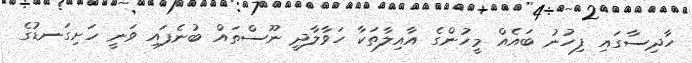
ހާދިސާގައި ފިހުނު ބައެއް މީހުންގެ އާއިލާތަކާ ހަވާލާދީ ނޫސްތައް ބުނެފައި ވަނީ ހަށިގަނޑުގެ